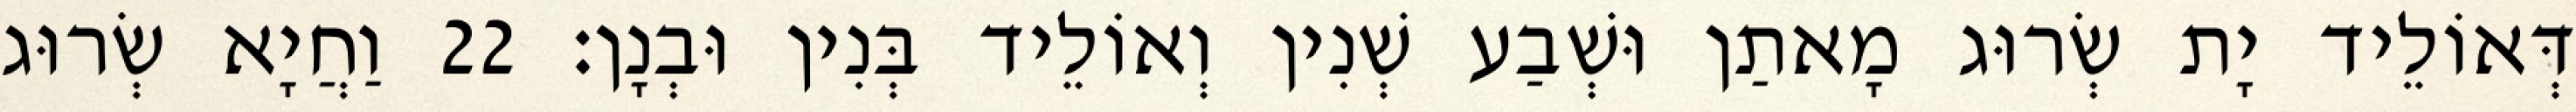
דְּאוֹלֵיד יָת שְׂרוּג מָאתַן וּשְׁבַע שְׁנִין וְאוֹלֵיד בְּנִין וּבְנָן׃ 22 וַחֲיָא שְׂרוּג